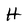
Character: H